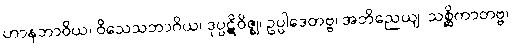
ဟာနဘာဝိယ၊ ဝိသေသဘာဂိယ၊ ဒုပ္ပဋိဝိဇ္ဈ၊ ဥပ္ပါဒေတဗ္ဗ၊ အဘိညေယျ၊ သစ္ဆိကာတဗ္ဗ၊